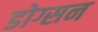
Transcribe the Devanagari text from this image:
डोग्सन